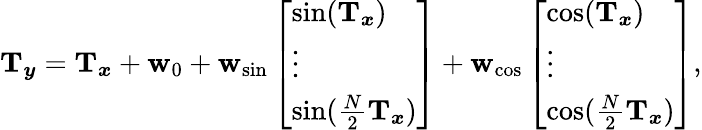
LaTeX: \begin{array}{r}{\mathbf{T}_{\boldsymbol{y}}=\mathbf{T}_{\boldsymbol{x}}+\mathbf{w}_{0}+\mathbf{w}_{\mathrm{sin}}\left[\begin{array}{l}{\sin(\mathbf{T}_{\boldsymbol{x}})}\\ {\vdots}\\ {\sin(\frac{N}{2}\mathbf{T}_{\boldsymbol{x}})}\end{array}\right]+\mathbf{w}_{\mathrm{cos}}\left[\begin{array}{l}{\cos(\mathbf{T}_{\boldsymbol{x}})}\\ {\vdots}\\ {\cos(\frac{N}{2}\mathbf{T}_{\boldsymbol{x}})}\end{array}\right],}\end{array}